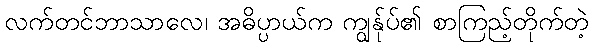
လက်တင်ဘာသာလေ၊ အဓိပ္ပာယ်က ကျွန်ုပ်၏ စာကြည့်တိုက်တဲ့